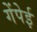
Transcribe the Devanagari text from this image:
गेंपेई